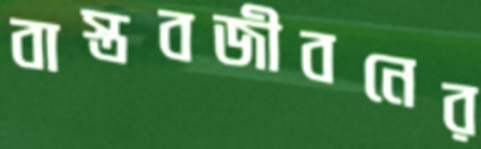
বাস্তবজীবনের